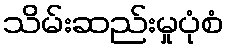
သိမ်းဆည်းမှုပုံစံ